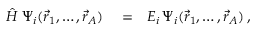
\begin{array} { r l r } { \hat { H } \; \Psi _ { i } ( \vec { r } _ { 1 } , \ldots , \vec { r } _ { A } ) } & { { } = } & { E _ { i } \, \Psi _ { i } ( \vec { r } _ { 1 } , \ldots , \vec { r } _ { A } ) \, , } \end{array}